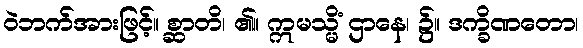
ဝဲဘက်အားဖြင့်။ စ္ဆာတိ၊ ၏။ ဣမသ္မိံ ဌာနေ၊ ၌။ ဒက္ခိဏတော၊